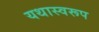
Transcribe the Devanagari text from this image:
यथास्वरूप